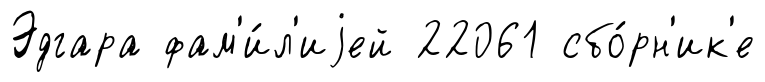
Эдгара фам'и́л'иjей 22061 сбо́рн'ик'е